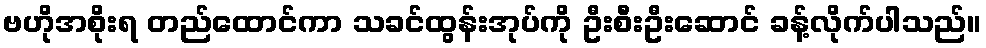
ဗဟိုအစိုးရ တည်ထောင်ကာ သခင်ထွန်းအုပ်ကို ဦးစီးဦးဆောင် ခန့်လိုက်ပါသည်။